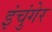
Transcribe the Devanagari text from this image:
इंचुंगेर